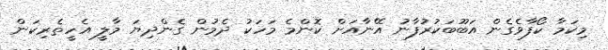
މިކަމާ ކޯފާވެގެން އަބޫބަކުރުފާނު އޭނާއަށް ކޮންމެ މަހަކު ދެމުން ގެންދިޔަ މާލީ އެހީތެރިކަން